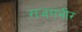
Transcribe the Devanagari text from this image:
राजगंभीर